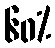
၆၀%